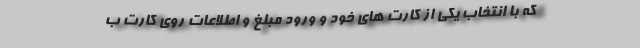
که با انتخاب یکی از کارت های خود و ورود مبلغ و اطلاعات روی کارت ب